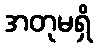
အတုမရှိ